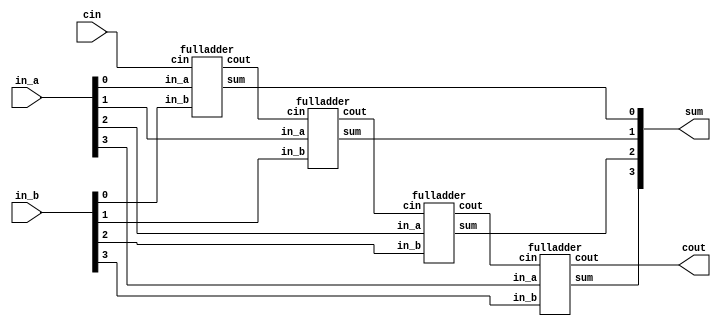
module adder_4bit (in_a, in_b, cin, sum, cout);
//structural representation of 4 bit adder
	input [3:0] in_a;		//input a
	input [3:0] in_b;		//input b
	input cin;				//carry in

	output cout;			//carry out
	output [3:0] sum;		//output of adder
	wire [2:0] carry;
	fulladder fa0(in_a[0],in_b[0],cin,sum[0],carry[0]);
	fulladder fa1(in_a[1],in_b[1],carry[0],sum[1],carry[1]);
	fulladder fa2(in_a[2],in_b[2],carry[1],sum[2],carry[2]);
	fulladder fa3(in_a[3],in_b[3],carry[2],sum[3],cout);
endmodule

module fulladder (in_a, in_b, cin, sum, cout);
	input in_a;
	input in_b;
	input cin;

	output sum;
	output cout;
	wire sum_ab;
	wire carry_ab;
	wire carry_cin_ab;

	halfadder ha1(in_a,in_b,sum_ab,carry_ab);
	halfadder ha2(cin,sum_ab,sum,carry_cin_ab);
	assign cout = carry_cin_ab | carry_ab;
endmodule

module halfadder (in_a, in_b, sum, cout);
	input in_a;
	input in_b;

	output sum;
	output cout;

	assign sum = in_a ^ in_b;
	assign cout = in_a & in_b;
endmodule